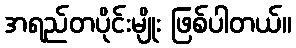
အရည်တပိုင်းမျိုး ဖြစ်ပါတယ်။